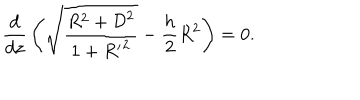
{ \frac { d } { d z } } \left( \sqrt { \frac { R ^ { 2 } + { \cal D } ^ { 2 } } { 1 + { R ^ { \prime } } ^ { 2 } } } - { \frac { h } { 2 } } R ^ { 2 } \right) = 0 .